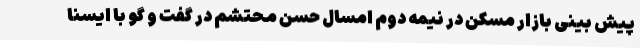
پیش بینی بازار مسکن در نیمه دوم امسال حسن محتشم در گفت و گو با ایسنا